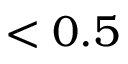
< 0 . 5